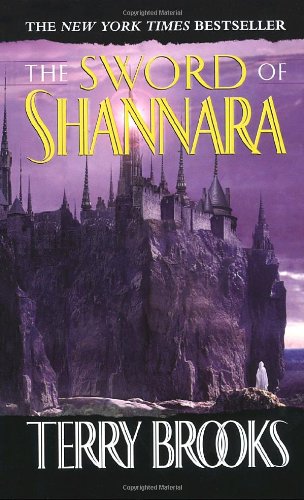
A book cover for The Sword of Shannara; Terry Brooks; Science Fiction & Fantasy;